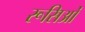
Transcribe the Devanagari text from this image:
रूसिओं